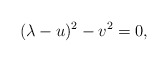
\begin{align*}(\lambda-u)^2-v^2=0,\end{align*}